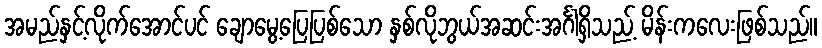
အမည်နှင့်လိုက်အောင်ပင် ချောမွေ့ပြေပြစ်သော နှစ်လိုဘွယ်အဆင်းအင်္ဂါရှိသည့် မိန်းကလေးဖြစ်သည်။